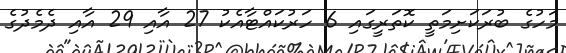
މަހުގެ ބުރަކަށިމަތީ ކޮތަރީގައި 6 ހަރުކައްޓާއެކު 27 އާއި 29 އާއި ދެމެދުގެ